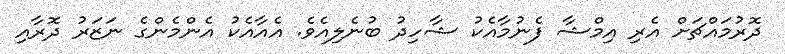
ދޮރުމައްޗަށް އެރި އިމްޝާ ފެނުމާއެކު ޝާހިދު ބުނެލިއެވެ. އެއާއެކު އެންމެންގެ ނަޒަރު ދޮރާއި